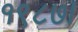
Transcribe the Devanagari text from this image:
१९८७।